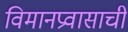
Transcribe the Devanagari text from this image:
विमानप्रवासाची